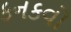
કનકવો